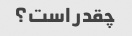
چقدر است؟